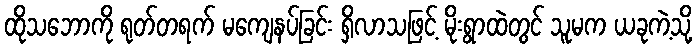
ထိုသဘောကို ရုတ်တရက် မကျေနပ်ခြင်း ရှိလာသဖြင့် မိုးရွာထဲတွင် သူမက ယခုကဲ့သို့